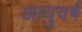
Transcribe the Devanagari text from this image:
आयुवर्ष